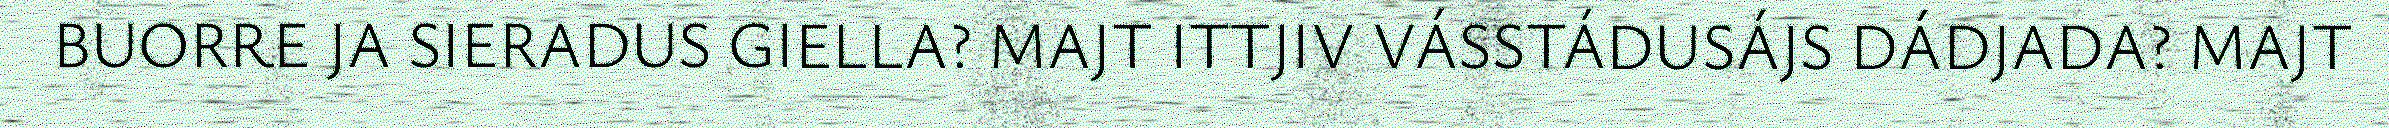
BUORRE JA SIERADUS GIELLA? MAJT ITTJIV VÁSSTÁDUSÁJS DÁDJADA? MAJT